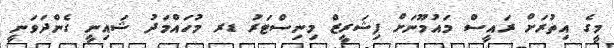
މީގެ އިތުރަށް ރައީސް މައުމޫނަށް ފިޝަރީޒް މިނިސްޓަރު ޑރ މުހައްމަދު ޝައިނީ ގެންދަވަނީ